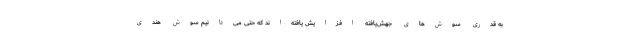
به قدری سوش‌های جهش‌یافته افزایش یافته‌اند که حتی می‌دانیم سوش هندی